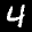
Label: 4